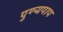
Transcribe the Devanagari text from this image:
पुण्यपाप